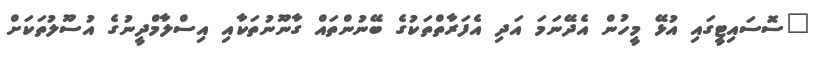
"ސޮސައިޓީގައި އުޅޭ މީހުން އެދޭނަމަ އަދި އެފަރާތްތަކުގެ ބޭނުންތައް ގާނޫނުތަކާއި އިސްލާމްދީނުގެ އުސޫލުތަކަށް